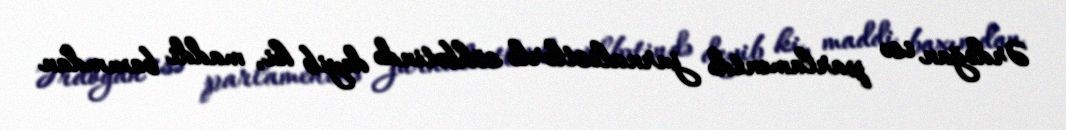
Ərdoğan isə parlamentdə jurnalistlərlə söhbətində deyib ki, maddi baxımdan